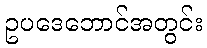
ဥပဒေဘောင်အတွင်း